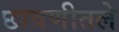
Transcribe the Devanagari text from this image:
छावणीतले